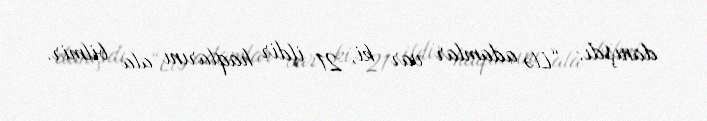
danışdı: “Elə adamlar var ki, 21 ildir haqlarını ala bilmir.